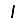
Digit: 1